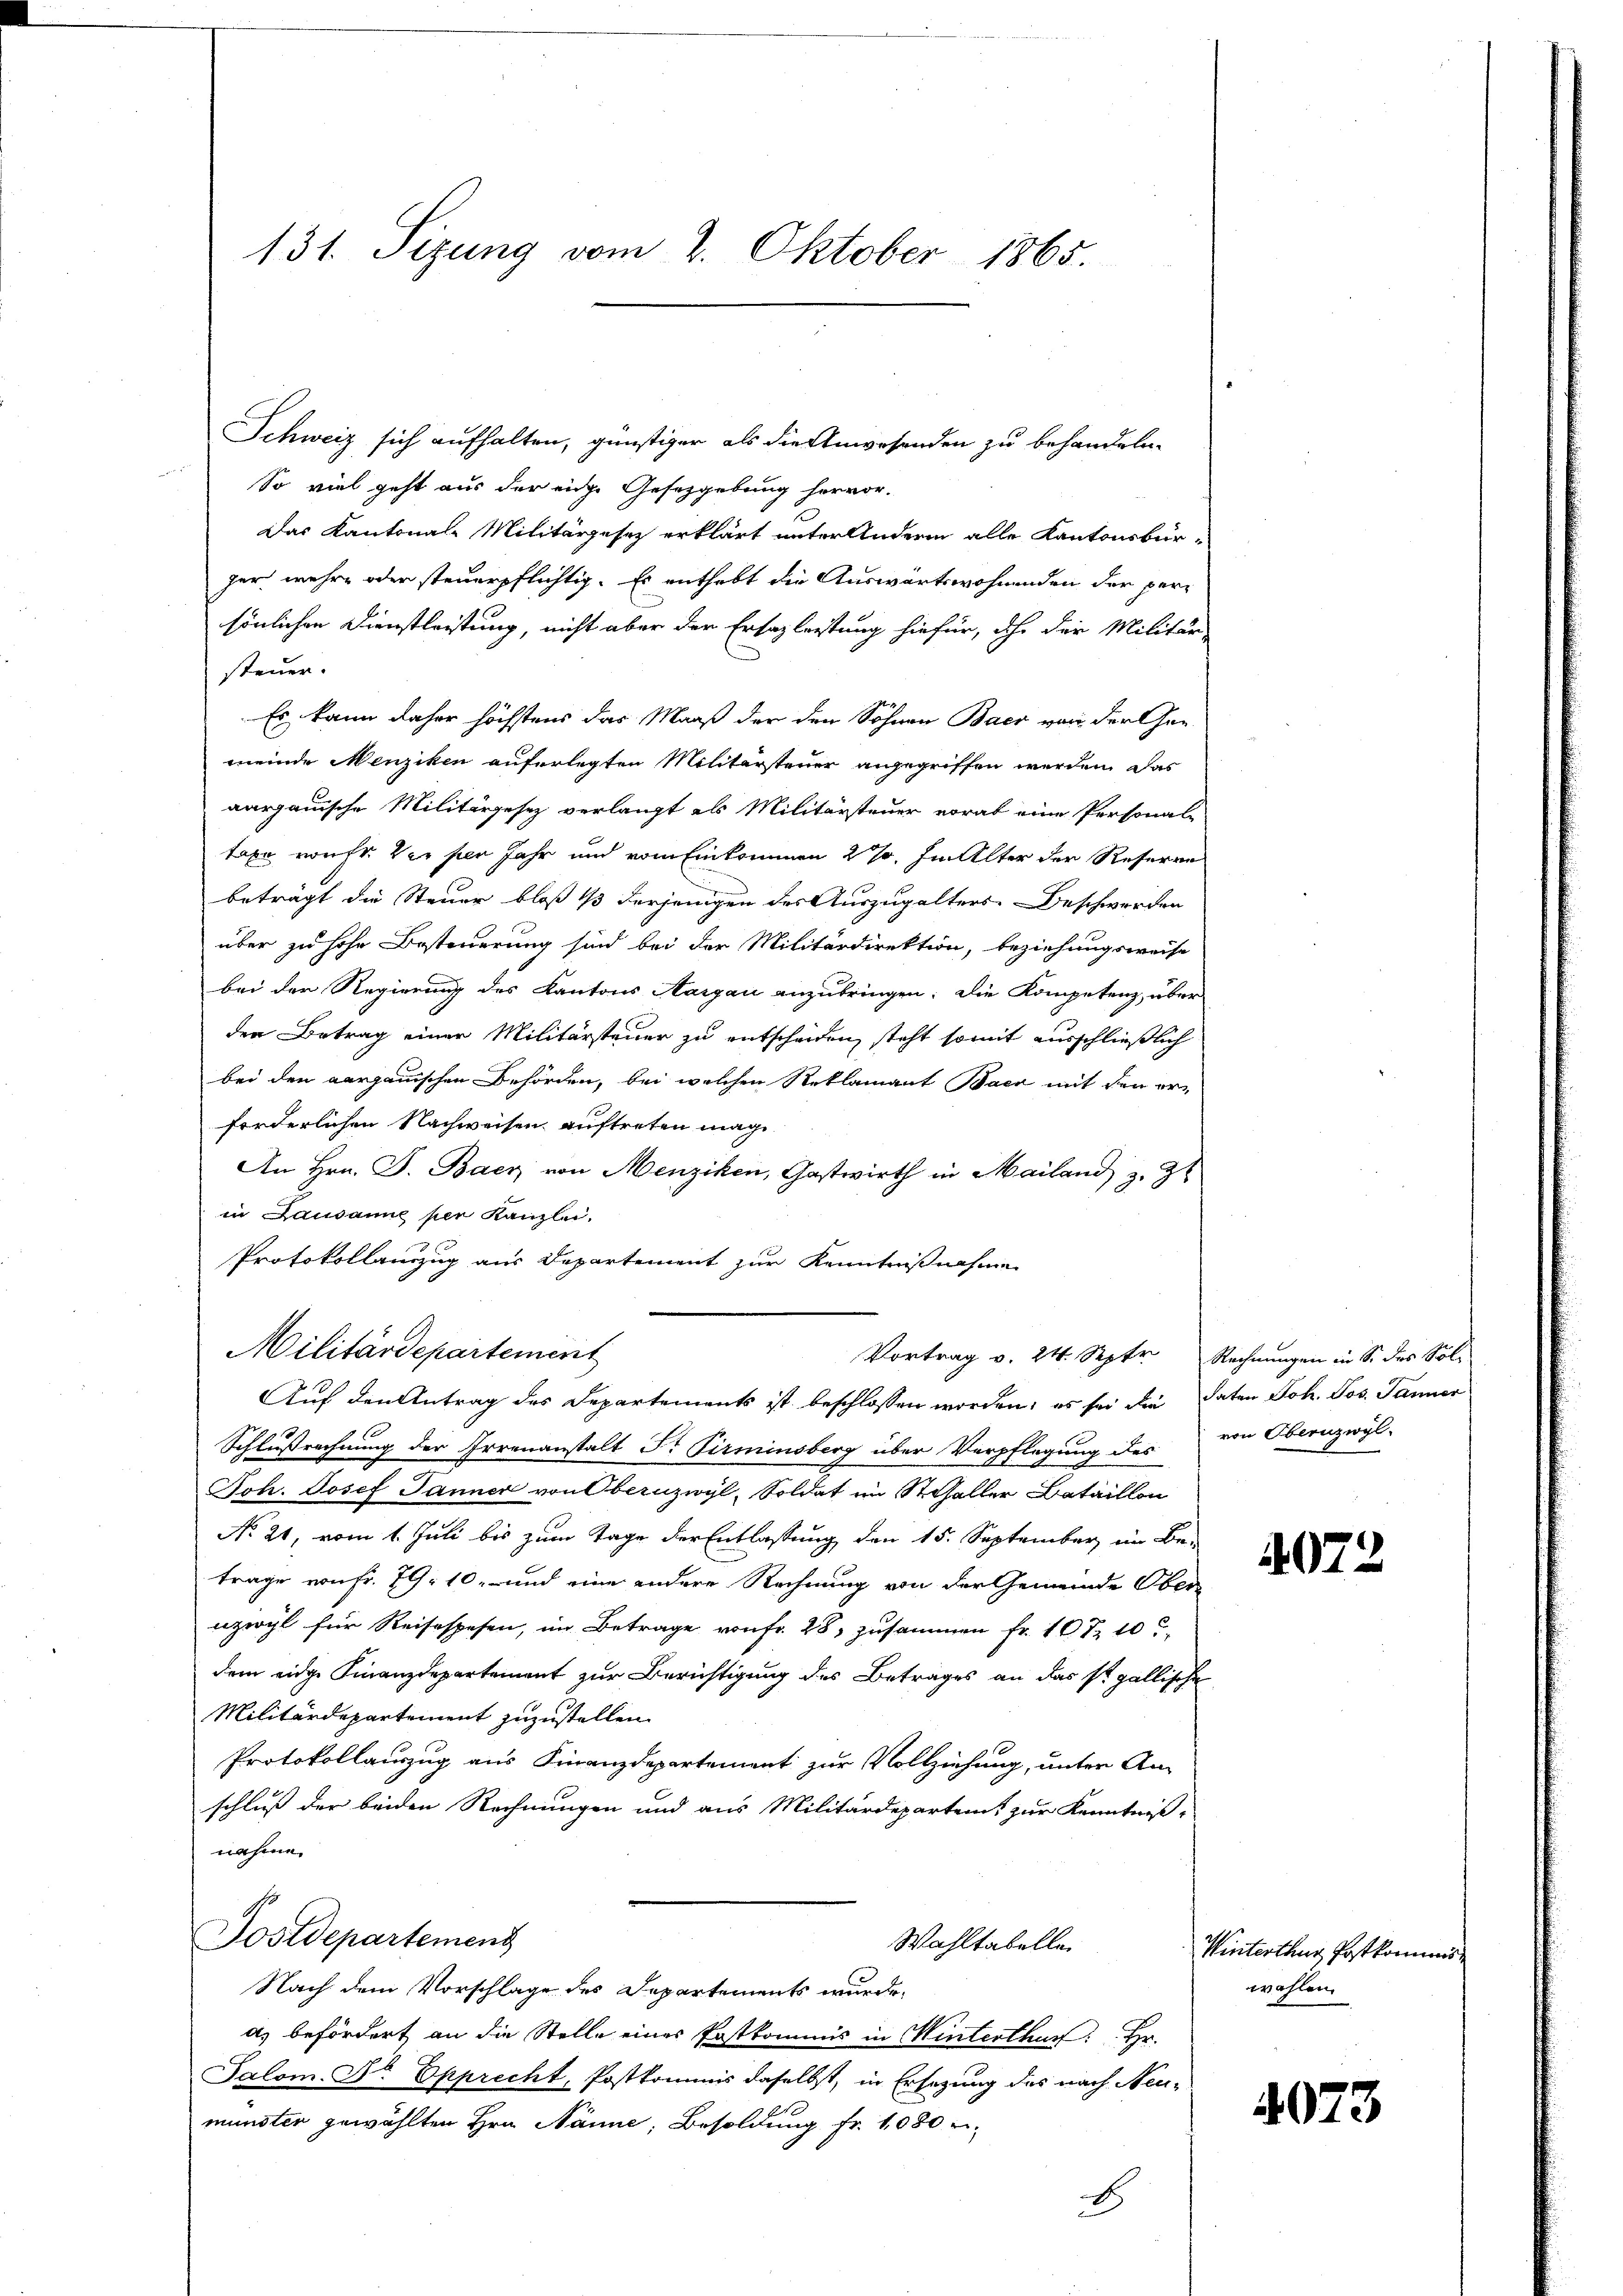
131. Sizung vom 2. Oktober 1865.

Schweiz sich aufhalten, günstiger als die Anwesenden zu behandeln.
So viel geht aus der eine Gesetzgebung hervor.
Das Kantonale Militärgesetz erklärt unter Andern alle Kantonsbür-
zer mehr oder steuerpflichtig. Es enthebt die Auswärtswohnenden der persönlichen Dienstleistung, nicht aber der Ersazleistung hiefür, ihr der Militär-
steuer.
Es kann daher höchstens das Maaß der den Söhnen Baer von der Gen
meinde Menziken auferlegten Militärsteuer angegriffen werden, das
aargauische Militärgesetz verlangt als Militärsteuer vorab eine Personale
tage ruft. Vor per Jahr und vom Einkommen 27. Im Alter der Reserre
beträgt die Steuer bloß 1/3 derjenigen des Auszugalters. Beschwerden
über zu hohe Besteuerung sind bei der Militärdirektion, beziehungsweise
bei der Regierung des Kantons Aargau anzubringen: Die Kompetenz über
den Betrag einer Militärsteuer zu entscheiden, steht somit ausschließlich
bei den aargauischen Behörden, bei welchen Reklamant Back mit den er-
forderlichen Nachweisen auftreten mage
An Hrn. J. Baer von Menziken, Gastwirth in Mailand, z. Zt
in Lausanne per Kanzlei.
Protokollanzug aus Departement zur Kenntnißnahme
Militärdepartement
Vortrag v. 24. Septr. Rechnungen in Sr. Das Sol
Auf den Antrag des Departements ist beschlossen worden; es sei die daten Joh. Jos. Janner
Schlußrechnung der Irrenanstalt Dr. Pirminsberg über Verpflegung des von Obernzwyl-
Joh. Josef Jänner von Obernzwyl, Soldat im Schaller Bataillon
No. 21, vom 1. Juli bis zum Tage der Entlassung den 15. September im Be-
trage von fr. 79. 10, und eine andere Rechnung von der Gemeinde Ober
uzwyl für Reisespesen, im Betrage von fr. 28, zusammen Fr. 107 10
dem eidge Finanzdepartement zur Berichtigung des Betrages an das so gallische
Militärdepartement zuzustellen.
Protokollauszug aus Finanzdepartement zur Vollziehung, unter An-
schluß der beiden Rechnungen und aus Militärdepartent zur Kenntniß
nahme.
Postdepartement
Wahltabelle.
Nach dem Vorschlage des Departements wurde,
as befördert an die Stelle eines Postkommis in Winterthur: Hr.
Salom. Dr Epprecht, Postkommis daselbst, in Ersatzung des nach Neu-
münster gewählten Hrn. Nänne, Besoldung fr. 1080
E

4072

Winterthur, Postkommens
wahlen.

4073